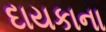
દાયકાના